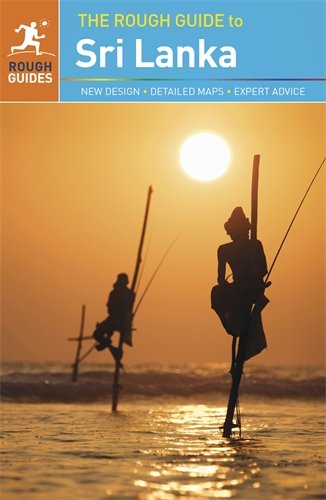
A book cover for The Rough Guide to Sri Lanka; Gavin Thomas; Travel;